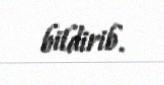
bildirib.